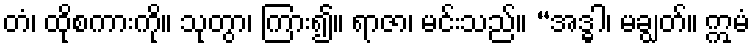
တံ၊ ထိုစကားကို။ သုတွာ၊ ကြား၍။ ရာဇာ၊ မင်းသည်။ “အဒ္ဓါ၊ မချွတ်။ ဣမံ